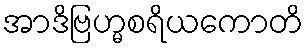
အာဒိဗြဟ္မစရိယကောတိ